Indian journal of veterinary science and animal husbandry - Volume 9,
Year: 1939
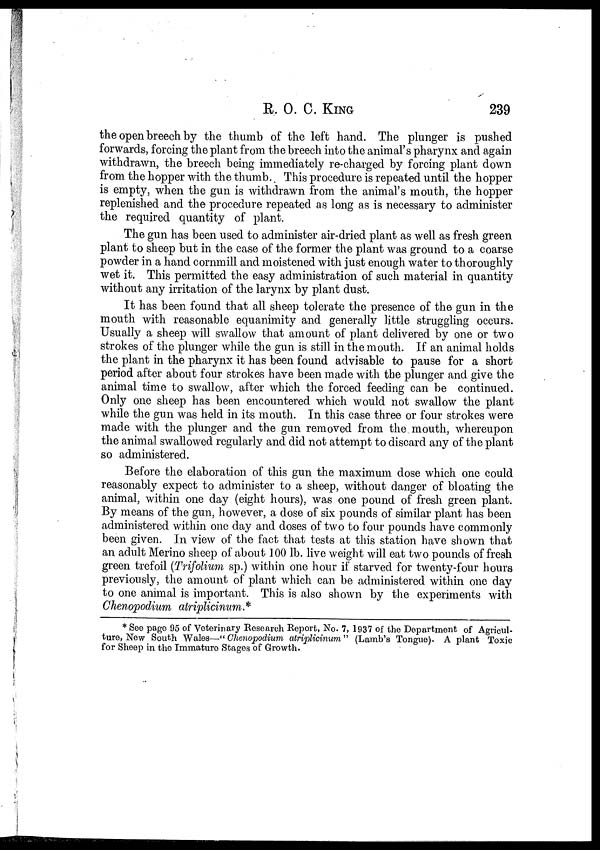
R. O. C.
KING
239
the open breech by the thumb of the left hand. The plunger is pushed
forwards, forcing the plant from the breech into the animal's pharynx and again
withdrawn, the breech being immediately re-charged by forcing plant down
from the hopper with the thumb. This procedure is repeated until the hopper
is empty, when the gun is withdrawn from the animal's mouth, the hopper
replenished and the procedure repeated as long as is necessary to administer
the required quantity of plant.
The gun has been used to administer air-dried plant as well as fresh green
plant to sheep but in the case of the former the plant was ground to a coarse
powder in a hand cornmill and moistened with just enough water to thoroughly
wet it. This permitted the easy administration of such material in quantity
without any irritation of the larynx by plant dust.
It has been found that all sheep tolerate the presence of the gun in the
mouth with reasonable equanimity and generally little struggling occurs.
Usually a sheep will swallow that amount of plant delivered by one or two
strokes of the plunger while the gun is still in the mouth. If an animal holds
the plant in the pharynx it has been found advisable to pause for a short
period after about four strokes have been made with the plunger and give the
animal time to swallow, after which the forced feeding can be continued.
Only one sheep has been encountered which would not swallow the plant
while the gun was held in its mouth. In this case three or four strokes were
made with the plunger and the gun removed from the mouth, whereupon
the animal swallowed regularly and did not attempt to discard any of the plant
so administered.
Before the elaboration of this gun the maximum dose which one could
reasonably expect to administer to a sheep, without danger of bloating the
animal, within one day (eight hours), was one pound of fresh green plant.
By means of the gun, however, a dose of six pounds of similar plant has been
administered within one day and doses of two to four pounds have commonly
been given. In view of the fact that tests at this station have shown that
an adult Merino sheep of about 100 lb. live weight will eat two pounds of fresh
green trefoil (Trifolium sp.) within one hour if starved for twenty-four hours
previously, the amount of plant which can be administered within one day
to one animal is important. This is also shown by the experiments with
Chenopodium atriplicinum.*
*See page 95 of Veterinary Research Report, No. 7, 1937 of the Department of Agricul-
ture, New South Wales—"Chenopodium atriplicinum" (Lamb's Tongue). A plant Toxic
for Sheep in the Immature Stages of Growth.